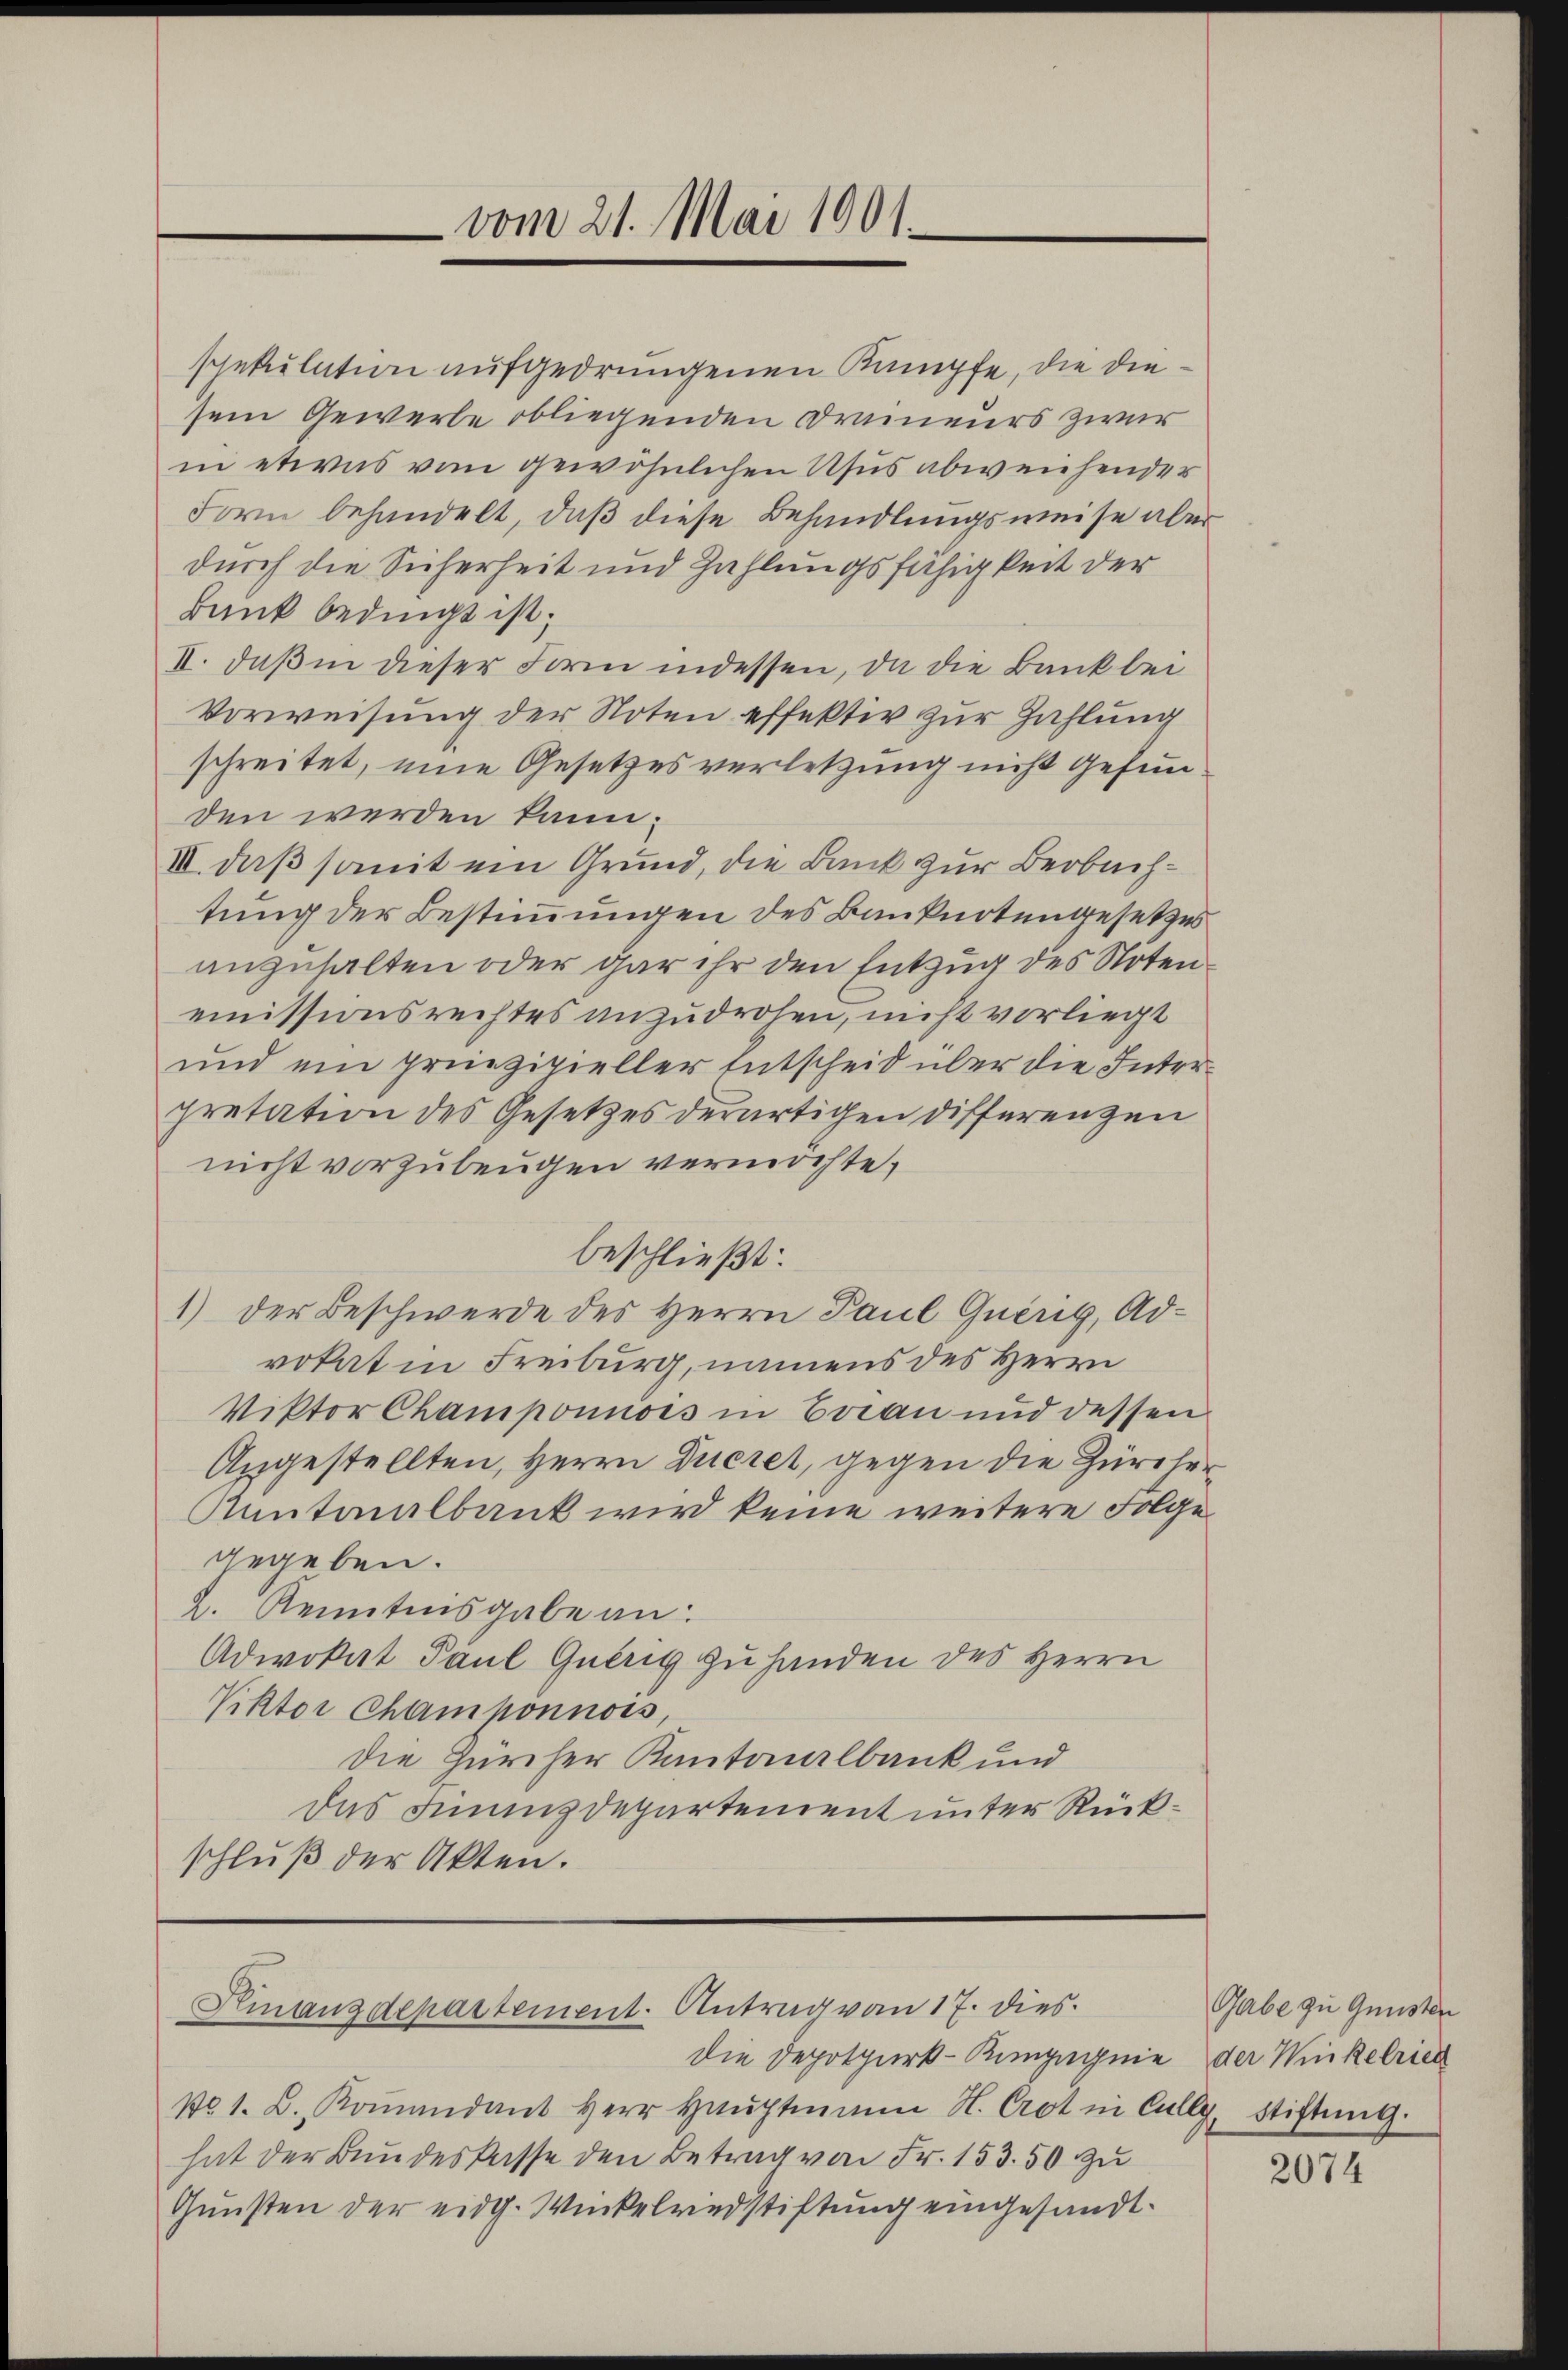
vom 21. Mai 1901.

spekulation aufgedrungenen Kampfe, die diesein Gewerbe obliegenden Dranieurs zwar
in etwas vom gewöhnlichen Usus abweichender
Form behandelt, daß diese Behandlungsweise aber
durch die Sicherheit und Zahlungsfähigkeit der
Bank bedingt ist;
II. daß in dieser Form indessen, da die Bank bei
Vorweisung der Noten effektiv zur Zahlung
schreitet, eine Gesetzesverletzung nicht gefunden werden kann;
III. daß somit ein Grund, die Bank zur Beobachtung der Bestimmungen des Banknotengesetzes
anzuhalten oder gar ihr den Entzug des Notenemissionsrechtes anzudrohen, nicht vorliegt
und ein prinzipieller Entscheid über die Interpretation des Gesetzes derartigen Differenzen
nicht vorzubeugen vermochte,
beschließt:
1) der Beschwerde des Herrn Paul Querig, Advokat in Freiburg, namens des Herrn
Viktor Champonnois in Evian und dessen
Angestellten, Herrn Ducret, gegen die Zürche¬
Kantonalbank wird keine weitere Folge
gegeben.
2. Kenntnisgabe an:
Advokat Paul Querig zu handen des Herrn
Viktor Champonnois,
Die Zürcher Kantonalbank und
das Finanzdepartement unter Rückschluß der Akten.

Kinanzdepartement. Antrag vom 17. dies

die Depotpurk-Ringegnie der Winkelried
No. 1. B. Koṁandant Herr Haŭptmann H. Crot in Cully, Stiftŭng.
hat der Bundeskasse den Betrag von Fr. 153. 50 zu
Gŭnsten der eidg. Winkelredstiftung eingesandt.

Gabe zu Gunsten

2074